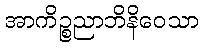
အာကိဉ္စညာဘိနိဝေသာ